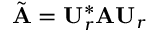
\tilde { \mathbf { A } } = \mathbf { U } _ { r } ^ { * } \mathbf { A } \mathbf { U } _ { r }